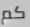
كم